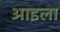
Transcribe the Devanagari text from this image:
आइला